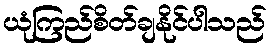
ယုံကြည်စိတ်ချနိုင်ပါသည်